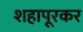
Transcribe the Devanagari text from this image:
शहापूरकर